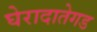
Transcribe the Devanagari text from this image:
घेरादातेगड